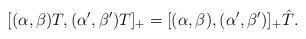
LaTeX: \begin{align*}[(\alpha,\beta)T,(\alpha',\beta')T]_+ & = [(\alpha,\beta),(\alpha',\beta')]_+\hat{T}.\end{align*}